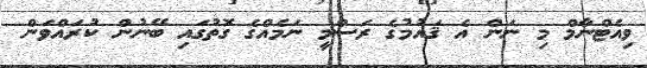
ވިއެޓްނާމް މި ނަން އެ ޤައުމުގެ ރަސްމީ ނަމެއްގެ ގޮތުގައި ބޭނުން ކުރައްވަން